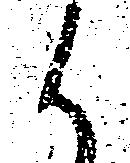
候